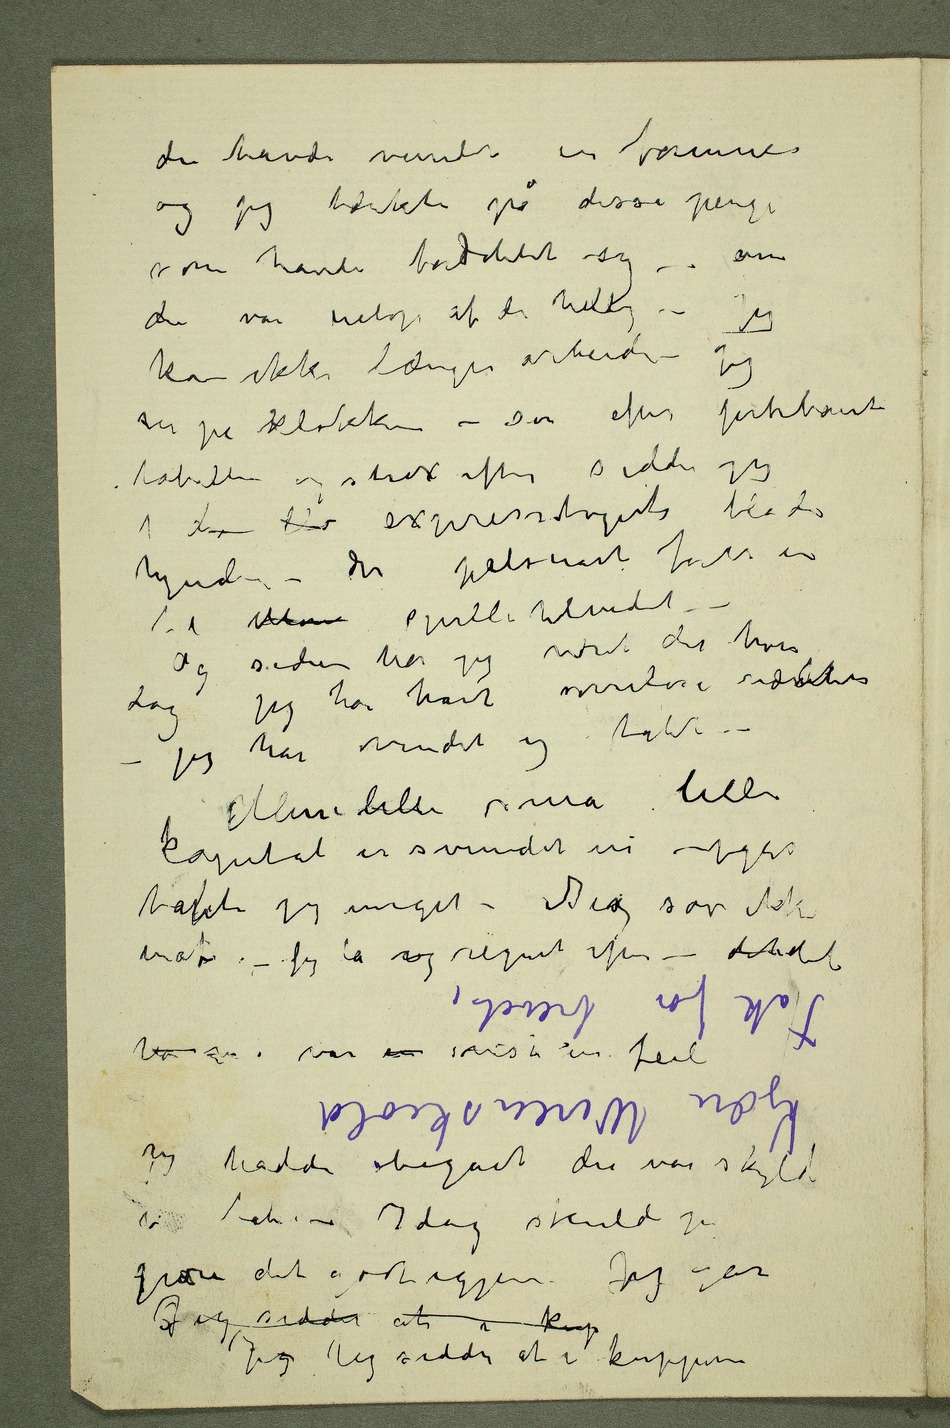
du havde vundet en formue
og jeg tænkte på disse penge
som havde fordoblet sig – om
du var netop af de heldige – Jeg
kan ikke længer arbeide – Jeg
tabellen og strax efter sidder jeg
i to blø expresstogets bløde
hynder – der pilsnart fører en
til Mon spillehelvedet –
Og siden har jeg været der hver
dagjeg har havt søvnløse nædder –
jeg har vundet og tabt –
Min lille små lille
kapital er svundet in – igår
tapbte jeg meget – Jeg sov ikke
ha  var en vist en feil
jeg hadde begået der var skyld
i tab. – Idag skulde jeg
gjøre det godt igjen. Jeg går
Jeg sidder at i kup
Jeg Jeg sidder at i kuppeen